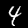
Digit: 4